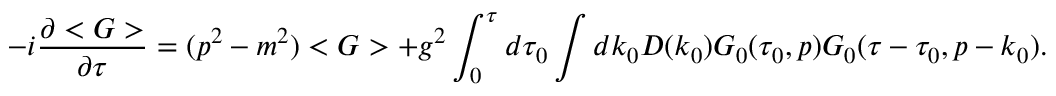
- i \frac { \partial < G > } { \partial \tau } = ( p ^ { 2 } - m ^ { 2 } ) < G > + g ^ { 2 } \int _ { 0 } ^ { \tau } d \tau _ { 0 } \int d k _ { 0 } D ( k _ { 0 } ) G _ { 0 } ( \tau _ { 0 } , p ) G _ { 0 } ( \tau - \tau _ { 0 } , p - k _ { 0 } ) .